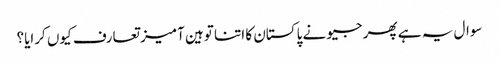
سوال یہ ہے پھر جیو نے پاکستان کا اتنا توہین آمیز تعارف کیوں کرایا؟